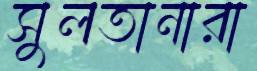
সুলতানারা